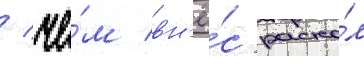
/ че́м вн'ё́с раско́л